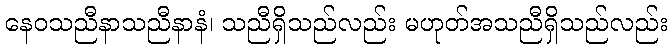
နေဝသညီနာသညီနာနံ၊ သညီရှိသည်လည်း မဟုတ်အသညီရှိသည်လည်း